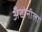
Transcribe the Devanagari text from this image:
अँटोनीला